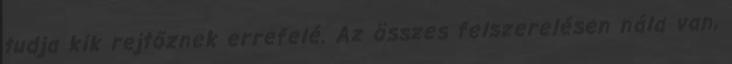
tudja kik rejtőznek errefelé. Az összes felszerelésen nála van,